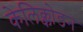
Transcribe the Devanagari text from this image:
केलिक्कोडन